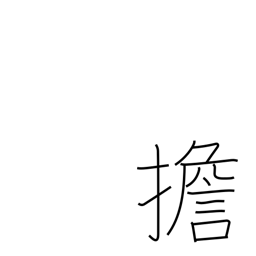
Meaning: carry